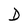
Character: D